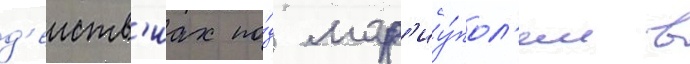
д'еиств'иах по́д мар'иу́пол'ем в